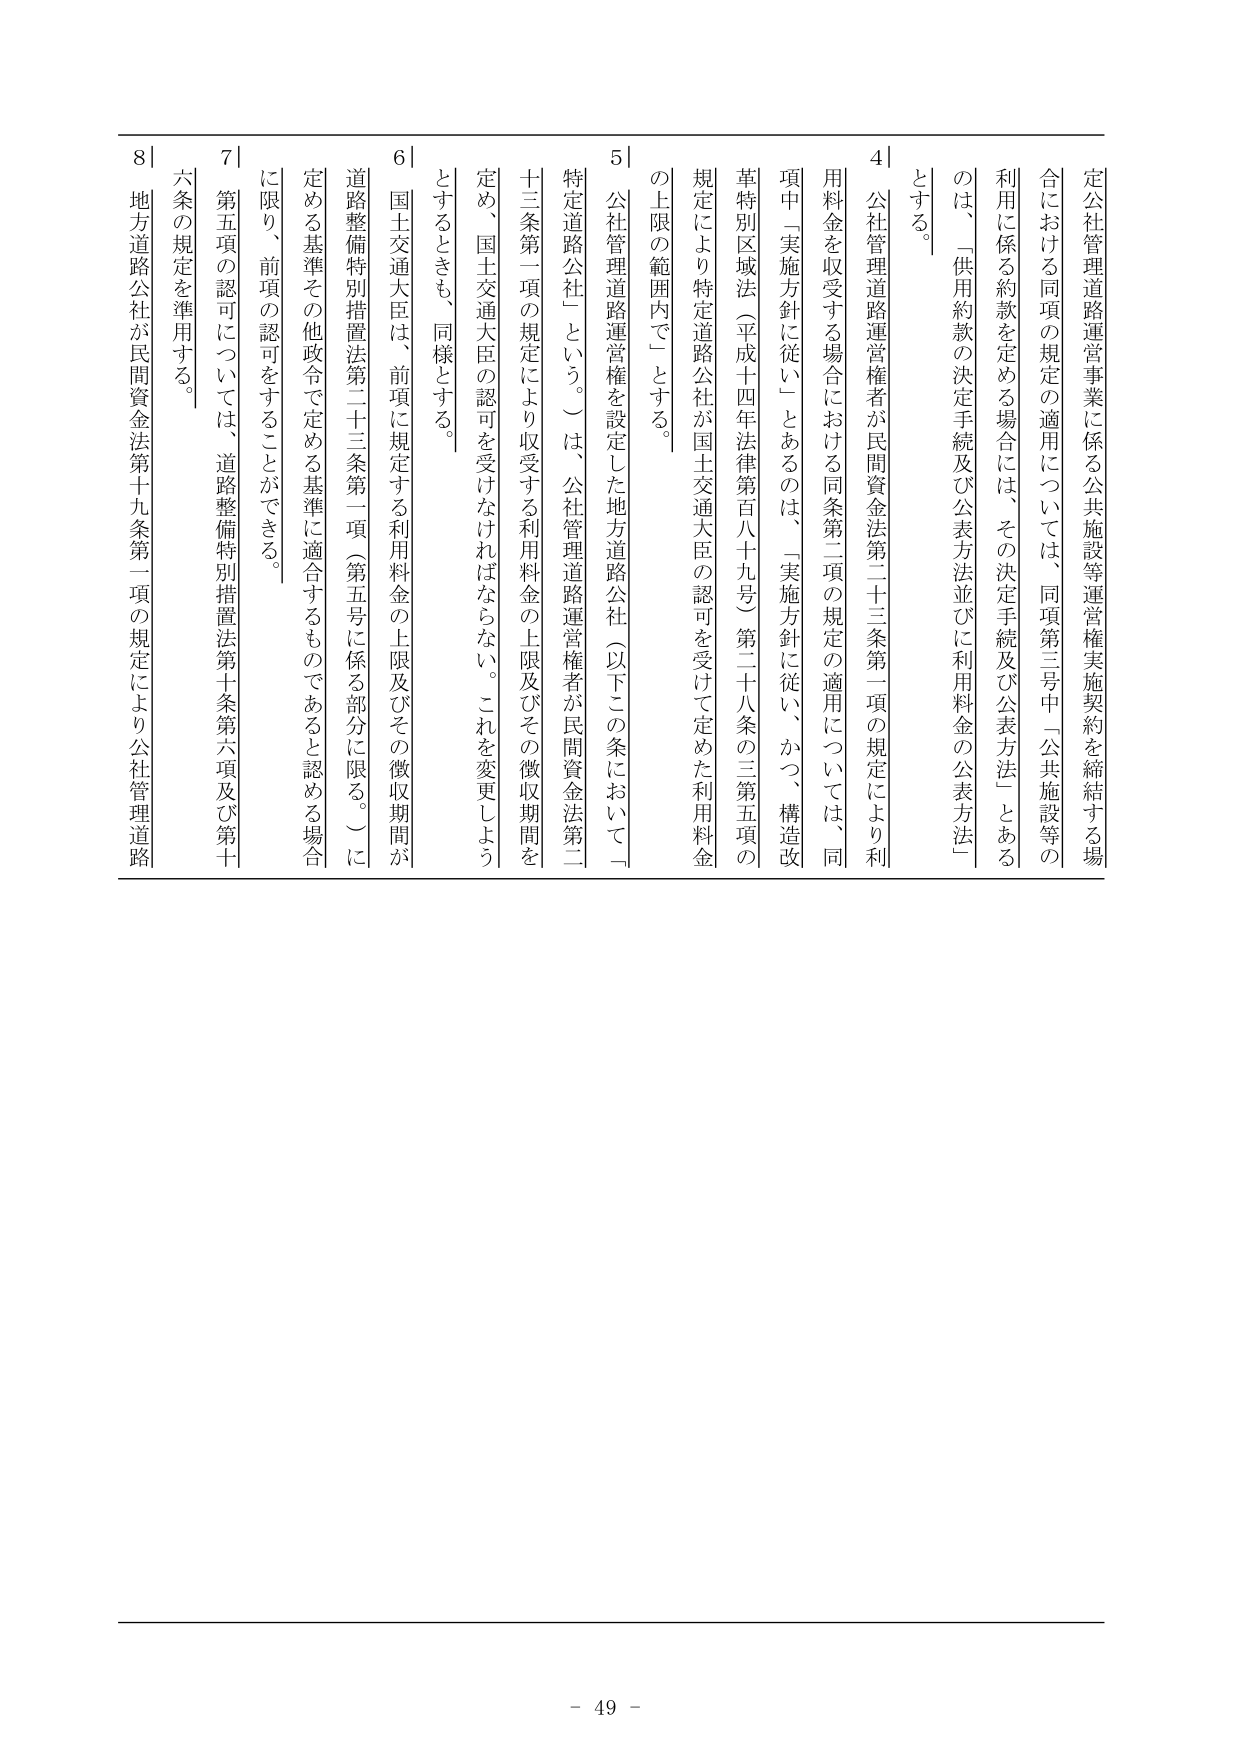
定公社管理道路運営事業に係る公共施設等運営権実施契約を締結する場合における同項の規定の適用については、同項第三号中「公共施設等の利用に係る約款を定める場合には、その決定手続及び公表方法」とあるのは、「供用約款の決定手続及び公表方法並びに利用料金の公表方法」とする。

4｜公社管理道路運営権者が民間資金法第二十三条第一項の規定により利用料金を収受する場合における同条第二項の規定の適用については、同項中「実施方針に従い」とあるのは、「実施方針に従い、かつ、構造改革特別区域法（平成二十四年法律第百八十九号）第二十八条の三第五項の規定により特定道路公社が国土交通大臣の認可を受けて定めた利用料金の上限の範囲内で」とする。

5｜公社管理道路運営権を設定した地方道路公社（以下この条において「特定道路公社」という。）は、公社管理道路運営権者が民間資金法第二十三条第一項の規定により収受する利用料金の上限及びその徴収期間を定め、国土交通大臣の認可を受けなければならない。これを変更しようとするときも、同様とする。

6｜国土交通大臣は、前項に規定する利用料金の上限及びその徴収期間が道路整備特別措置法第二十三条第一項（第五号に係る部分に限る。）に定める基準その他政令で定める基準に適合するものであると認める場合に限り、前項の認可をすることができる。

7｜第五項の認可については、道路整備特別措置法第十条第六項及び第十六条の規定を準用する。

8｜地方道路公社が民間資金法第十九条第一項の規定により公社管理道路

- 49 -